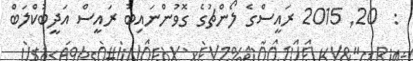
:  20